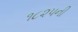
૧૮૨૫ની